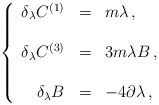
\begin{align*}\left\{\begin{array}{rcl}\delta_{\lambda} C^{(1)} & = & m \lambda\, ,\\& & \\\delta_{\lambda} C^{(3)} & = & 3m \lambda B\, ,\\& & \\\delta_{\lambda} B & = & -4\partial\lambda\, ,\\\end{array}\right.\end{align*}